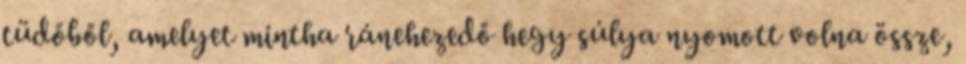
tüdőből, amelyet mintha ránehezedő hegy súlya nyomott volna össze,